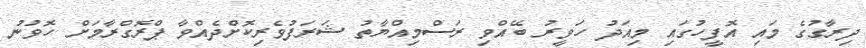
ދިރާގުގެ މައި އޮފީހުގައި މިއަދު ހަވީރު ބޭއްވި ރަސްމިއްޔާތު ޝަރަފުވެރިކޮށްދެއްވާ ޕްރޮގްރާމަށް ހޮވުނު